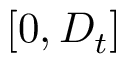
[ 0 , D _ { t } ]